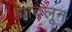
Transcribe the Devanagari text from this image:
वादलून